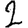
Digit: 2